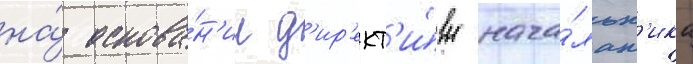
на́ основа́н'ии д'ир'ект'и́вы нача́льн'ика